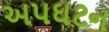
અપઘટન